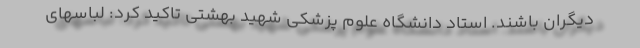
دیگران باشند. استاد دانشگاه علوم پزشکی شهید بهشتی تاکید کرد: لباسهای